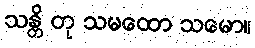
သန္တိ တု သမထော သမော။